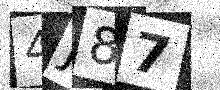
Text: 4J87